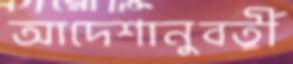
আদেশানুবর্তী